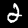
Digit: 2